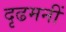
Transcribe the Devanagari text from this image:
दृढमनीं